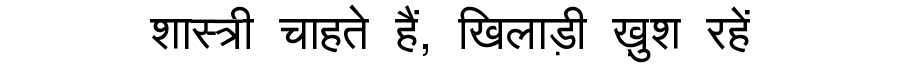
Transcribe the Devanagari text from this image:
शास्त्री चाहते हैं, खिलाड़ी ख़ुश रहें